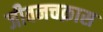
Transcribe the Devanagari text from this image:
जीवनचक्रास